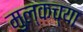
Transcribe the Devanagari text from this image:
मुल्कच्या